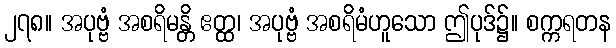
၂၇၈။ အပုဗ္ဗံ အစရိမန္တိ ဧတ္ထ၊ အပုဗ္ဗံ အစရိမံဟူသော ဤပုဒ်၌။ စက္ကရတန